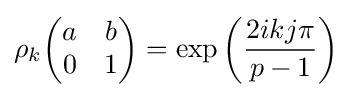
\rho _{k}{\begin{pmatrix}a&b\\0&1\end{pmatrix}}=\exp \left({\frac {2ikj\pi }{p-1}}\right)